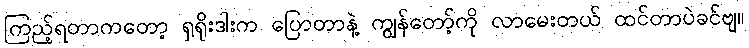
ကြည့်ရတာကတော့ ရှရိုးဒါးက ပြောတာနဲ့ ကျွန်တော့်ကို လာမေးတယ် ထင်တာပဲခင်ဗျ။